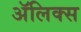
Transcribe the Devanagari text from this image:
ॲलिक्स